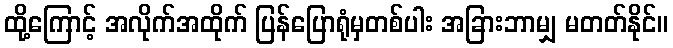
ထို့ကြောင့် အလိုက်အထိုက် ပြန်ပြောရုံမှတစ်ပါး အခြားဘာမျှ မတတ်နိုင်။